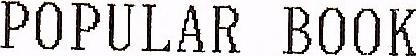
POPULAR BOOK